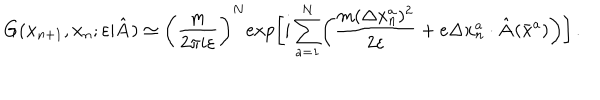
G ( { \bf x } _ { n + 1 } , { \bf x } _ { n } ; \varepsilon \vert { \hat { \bf A } } ) \simeq \biggl ( { \frac { m } { 2 \pi i \varepsilon } } \biggr ) ^ { N } e x p \biggl [ i \sum _ { a = 1 } ^ { N } \biggl ( { \frac { m ( \Delta { \bf x } _ { n } ^ { a } ) ^ { 2 } } { 2 \varepsilon } } + e \Delta { \bf x } _ { n } ^ { a } \cdot { \hat { \bf A } } ( { \bar { \bf x } } ^ { a } ) \biggr ) \biggr ] \, .